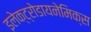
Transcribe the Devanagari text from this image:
इलेक्ट्रोडायनेमिक्स